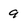
Character: 9